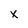
Character: x